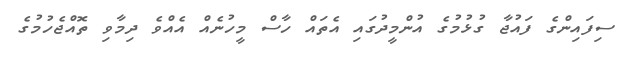
ސިފައިންގެ ފައުޖާ ގުޅުމުގެ އުންމީދުގައި އެތައް ހާސް މީހުނެއް އެއްވެ ދިމާވި ތޮއްޖެހުމުގެ